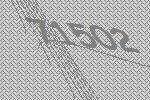
71502